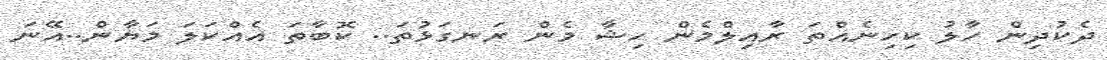
ދެކުދިން ހާލު ކިހިނެއްތަ ރާއިލްމެން ހިޝާ މެން ރަނގަޅުތަ.. ކޮބާތަ އެއްކަލަ މަޔާން..އޭނަ